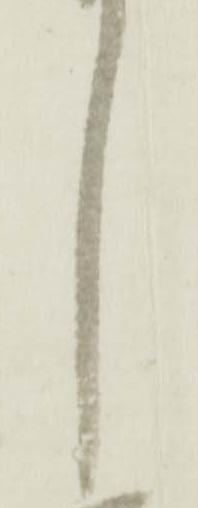
し